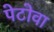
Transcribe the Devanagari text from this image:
पेटोवा